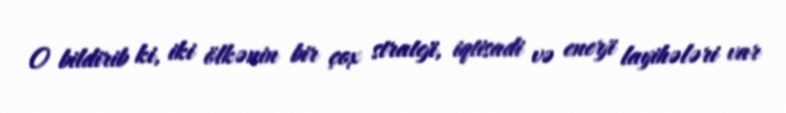
O bildirib ki, iki ölkənin bir çox strateji, iqtisadi və enerji layihələri var